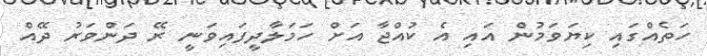
ހަތެއްގައި ކިޔަވަމުން އައި އެ ކުއްޖާ އަށް ހަމަލާދީފައިވަނީ ރޭ ދަންވަރު ދޭއް